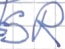
Text: SR